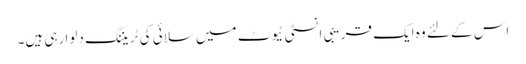
اس کے لئے وہ ایک قریبی انسٹی ٹیوٹ میں سلائی کی ٹریننگ دلوا رہی ہیں۔